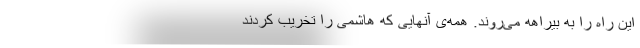
این راه را به بیراهه می‌روند. همه‌ی آنهایی که هاشمی را تخریب کردند